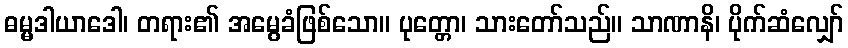
ဓမ္မဒါယာဒေါ၊ တရား၏ အမွေခံဖြစ်သော။ ပုတ္တော၊ သားတော်သည်။ သာဏာနိ၊ ပိုက်ဆံလျှော်